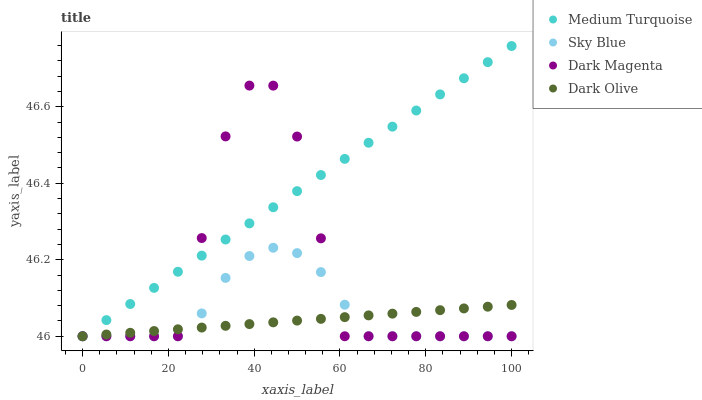
| xaxis_label | Medium Turquoise | Sky Blue | Dark Magenta | Dark Olive |
 | --- | --- | --- | --- | --- |
 | 0 | 46 | 46 | 46 | 46 |
 | 5.56 | 46 | 46 | 46 | 46 |
 | 11.1 | 46.1 | 46 | 46 | 46 |
 | 16.7 | 46.1 | 46 | 46 | 46 |
 | 22.2 | 46.2 | 46 | 46 | 46 |
 | 27.8 | 46.2 | 46.1 | 46.3 | 46 |
 | 33.3 | 46.3 | 46.2 | 46.5 | 46 |
 | 38.9 | 46.3 | 46.2 | 46.7 | 46 |
 | 44.4 | 46.3 | 46.2 | 46.7 | 46 |
 | 50 | 46.4 | 46.2 | 46.5 | 46 |
 | 55.6 | 46.4 | 46.2 | 46.3 | 46 |
 | 61.1 | 46.5 | 46.1 | 46 | 46.1 |
 | 66.7 | 46.5 | 46 | 46 | 46.1 |
 | 72.2 | 46.5 | 46 | 46 | 46.1 |
 | 77.8 | 46.6 | 46 | 46 | 46.1 |
 | 83.3 | 46.6 | 46 | 46 | 46.1 |
 | 88.9 | 46.7 | 46 | 46 | 46.1 |
 | 94.4 | 46.7 | 46 | 46 | 46.1 |
 | 100 | 46.8 | 46 | 46 | 46.1 |